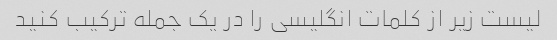
لیست زیر از کلمات انگلیسی را در یک جمله ترکیب کنید